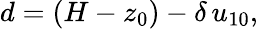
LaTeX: d=(H-z_{0})-\delta\, u_{10},